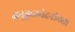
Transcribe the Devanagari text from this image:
अनुकूलवेदनीयता